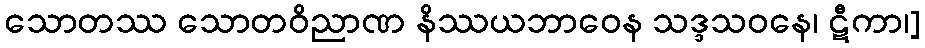
သောတဿ သောတဝိညာဏ နိဿယဘာဝေန သဒ္ဒသဝနေ၊ ဋီကာ၊]